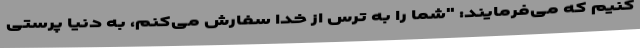
کنیم که می‌فرمایند: "شما را به ترس از خدا سفارش مى‌کنم، به دنیا پرستى